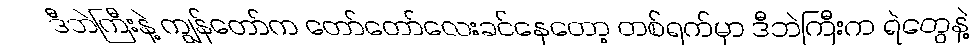
ဒီဘဲကြီးနဲ့ ကျွန်တော်က တော်တော်လေးခင်နေတော့ တစ်ရက်မှာ ဒီဘဲကြီးက ရဲတွေနဲ့